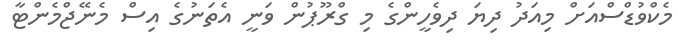
މެކްވުޑްސްއަށް މިއަދު ދިޔަ ދިވެހީންގެ މި ގްރޫޕުން ވަނީ އެތަނުގެ އިސް މެނޭޖްމެންޓާ